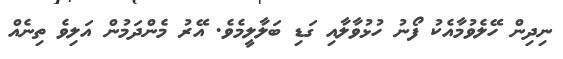
ނިދިން ހޭލެވުމާއެކު ފޯނު ހުޅުވާލާއި ގަޑި ބަލާލީމެވެ. އޭރު މެންދަމުން އަލިވެ ތިނެއް